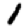
Digit: 1